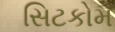
સિટકોમ